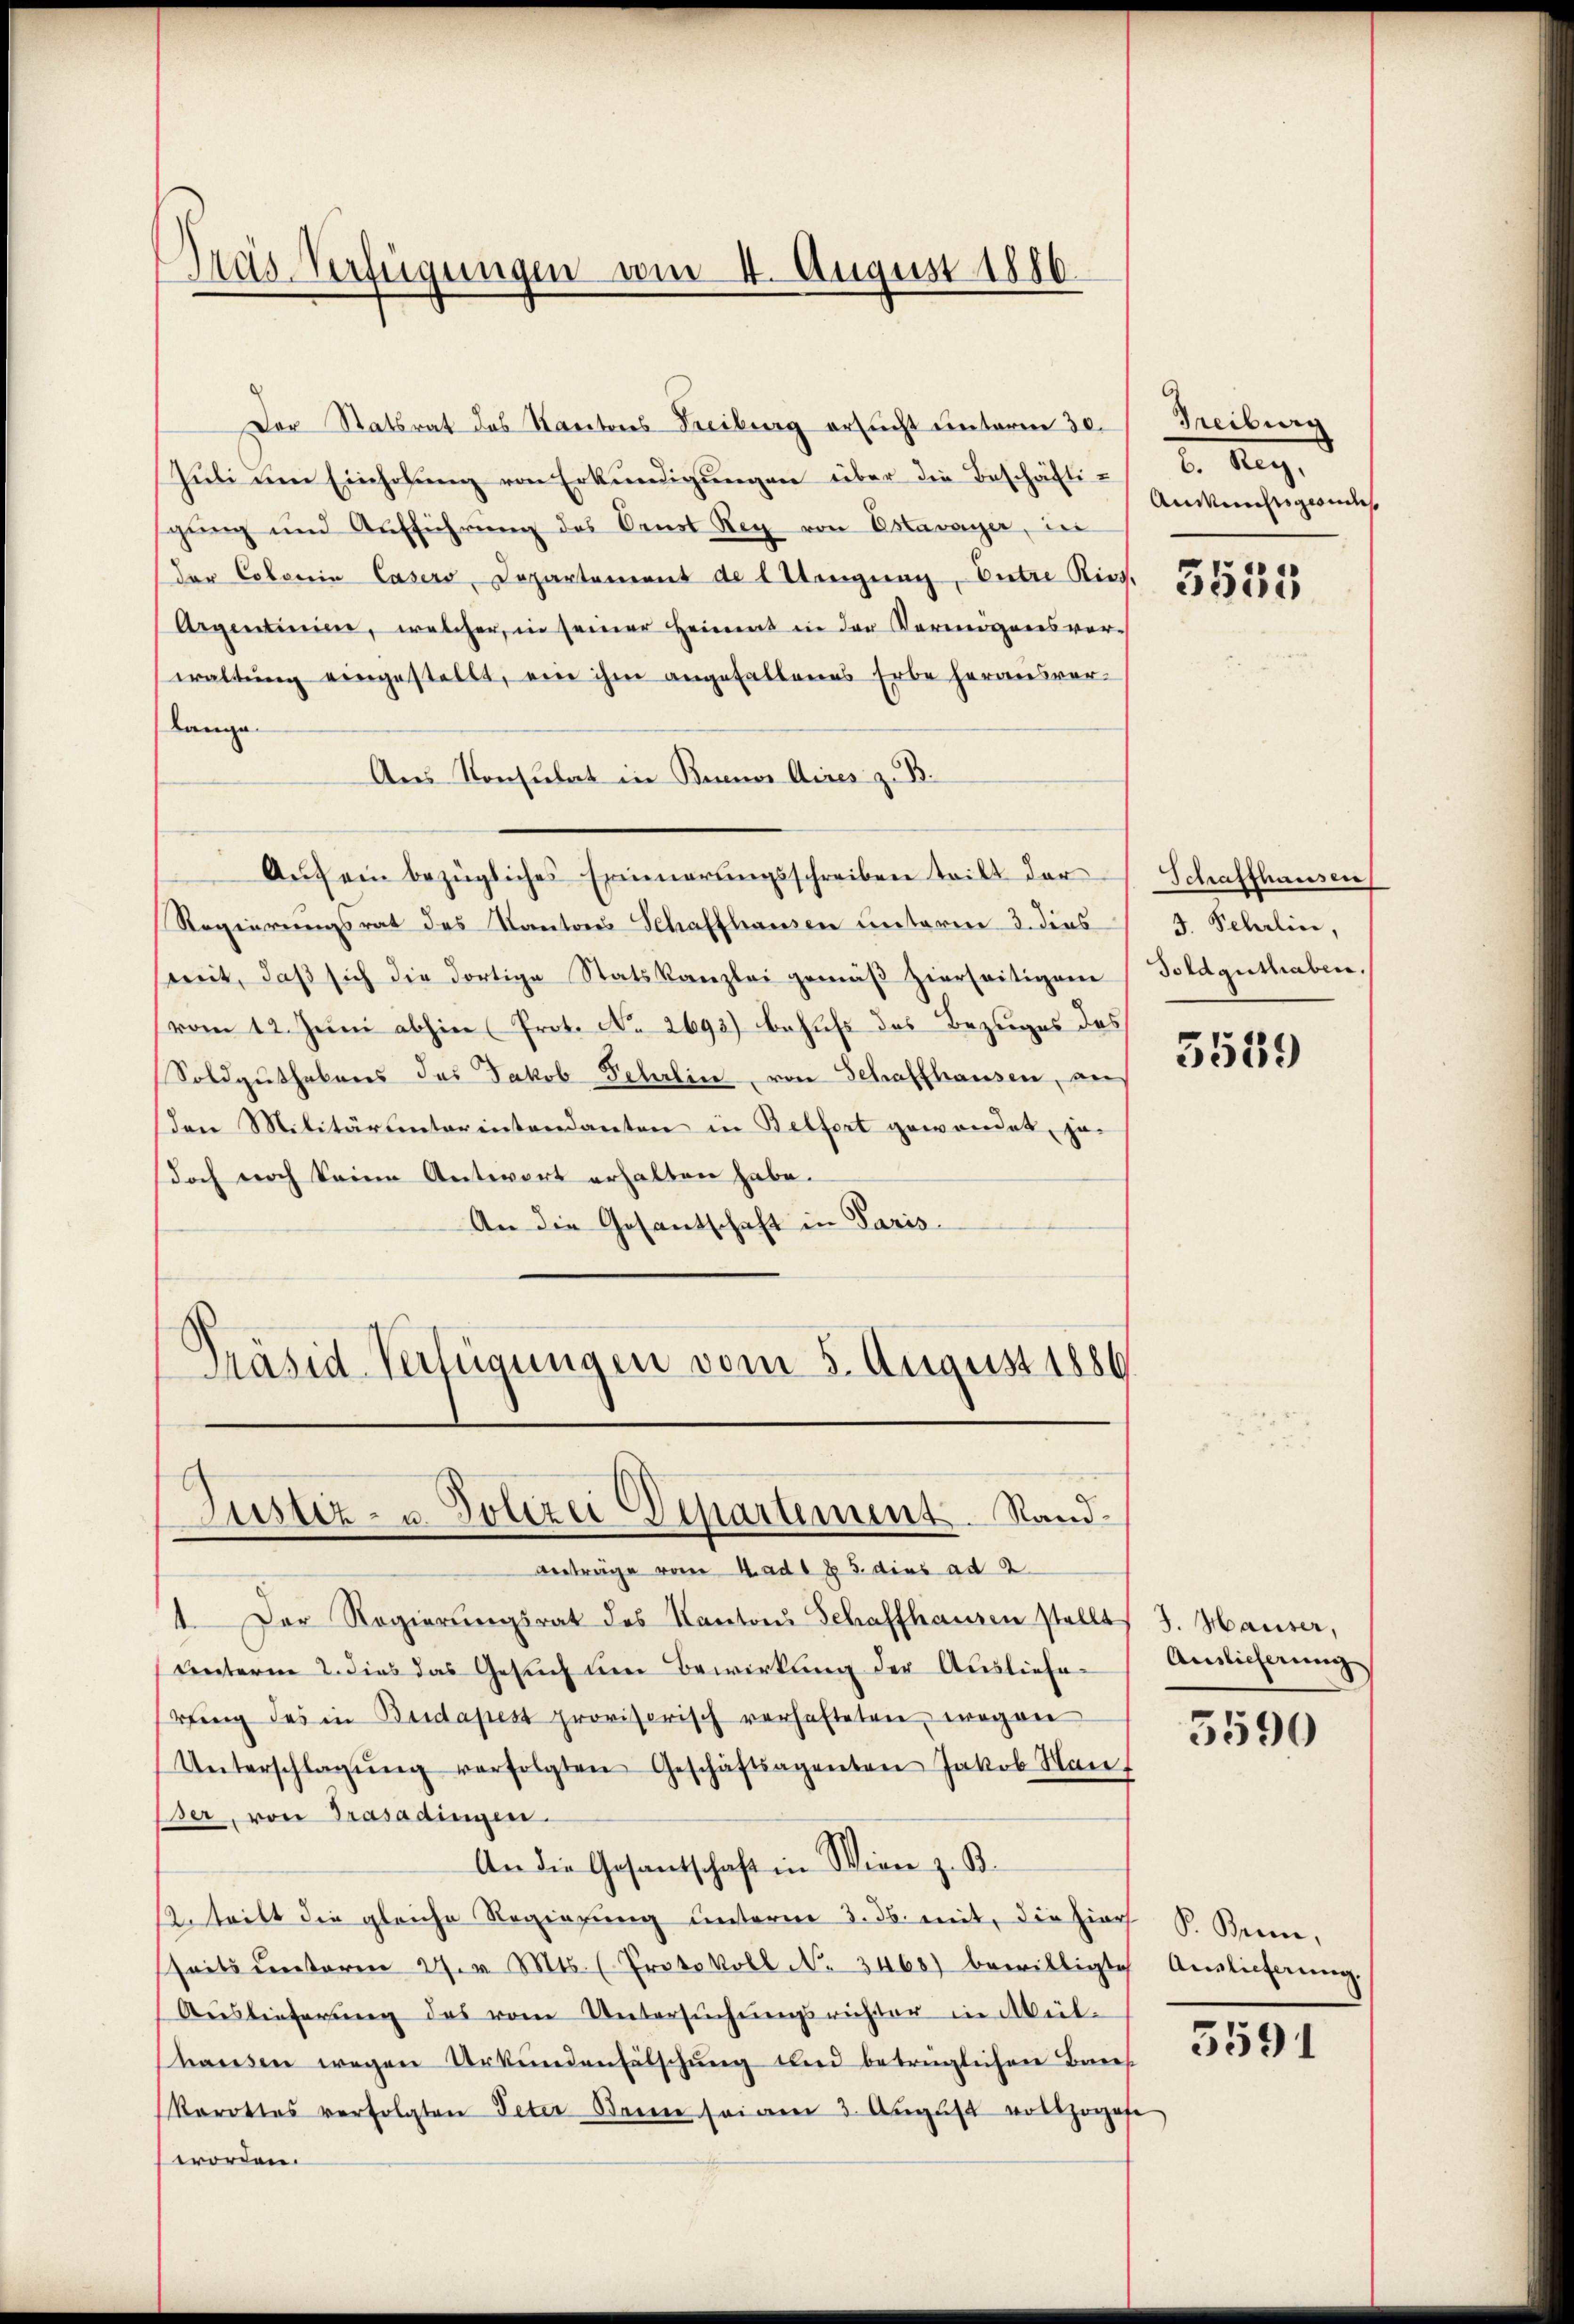
Pras-Verfügungen am 4. August 1886.

Der Statsrat das Kantons Freiburg ersucht unterm 30.
Juli um Einholung von Erkundigungen über die Beschäftigŭng und Aŭfführŭng des Oenst Reg von Estavayer, in
der Coloria Casers Departement de l Utengung, Entre Ries.
Argentinien, welcher, in seiner Heimat in der Vermögensvorwaltŭng eingestellt, ein ihm angefallenes Erbe herausver-
Lange
Aus Konsulat in Buenos Aires z. B.
Aŭf ein bezügliches Erinnerungsschreiben tritt der
Regierungsrat des Kantons Schaffhausen unterm 3. dies
sit, daβ sich die dortige Statskanzlei gemäβ zierseitigem
vom 12. Juni abhin (Prot. No 2693) behufs des Bezuges des
Soldguthabens das Jakob Fehrlin, von Schaffhausen, an
den Militärunterintendanten in Belfort gewendet, je-
doch noch keine Antwort erhalten habe.
An die Gesantschaft in Paris.
Präsid-Verfügungen vom 5. August 1886

Justiz- u. Polizei Departement. Rand¬

verträge vom Hadl § 5. dies ad 2.
1. Der Regierŭngsrat des Kantons Schaffhausen stellt J. Hauser,
Unterm 2. dies das Gesuch den Bewirkung der Ausliefering des in Budapest provisorisch verhafteten wegen
Unterschlagŭng verfolgten Geschäftsagenten Jakob Maŭf
er, von Trasadingen.
An die Gesantschaft in Wien z. B.
Intritt die gleiche Regierung unterm 3. ds. mit, die hier P. Bern,
seits ŭnterm 27. v. Mts. (Protokoll No 3468) bewilligte
Auslieferung des vom Untersuchungsrichter in Akül-
hausen wegen Urkunden Fälschung und betrüglichen Brees
Rarottes verfolgten Peter dann seinen 3. Aŭgŭst vollhofe
worden.

Treiburg
2. 129.
Ainkünftigende

3555

Schaffhausen
4. Sehrlin,
Toldguthaben.

3539

Auslicherung

3590

Auslieferung.

3591